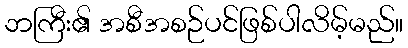
ဘကြီး၏ အစီအစဉ်ပင်ဖြစ်ပါလိမ့်မည်။